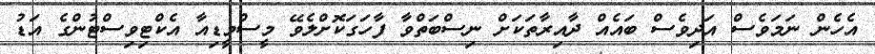
އެހެން ނަމަވެސް އަދިވެސް ބައެއް ދާއިރާތަކަށް ނިސްބަތްވާ ފާހަގަކޮށްލެވޭ މީސްމީޑިއާ އެކްޓިވިސްޓުންގެ އަޑު